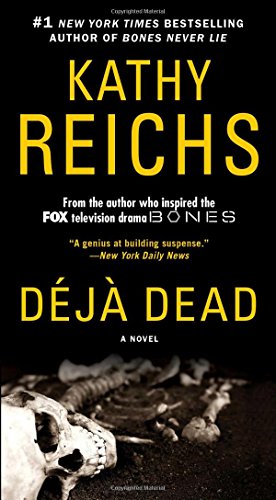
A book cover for Deja Dead: A Novel (A Temperance Brennan Novel); Kathy Reichs; Mystery, Thriller & Suspense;